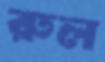
রুল